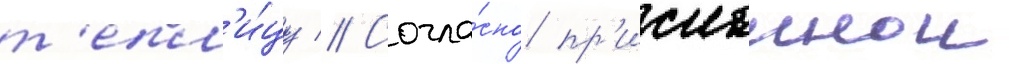
т'епл'и́цу // Согла́сно пр'исланнои